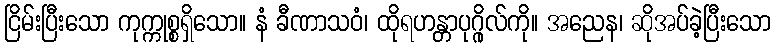
ငြိမ်းပြီးသော ကုက္ကုစ္စရှိသော။ နံ ခီဏာသဝံ၊ ထိုရဟန္တာပုဂ္ဂိုလ်ကို။ အညေန၊ ဆိုအပ်ခဲ့ပြီးသော